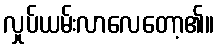
လှုပ်ယမ်းလာလေတော့၏။